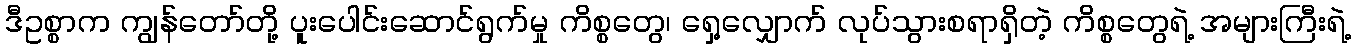
ဒီဥစ္စာက ကျွန်တော်တို့ ပူးပေါင်းဆောင်ရွက်မှု ကိစ္စတွေ၊ ရှေ့လျှောက် လုပ်သွားစရာရှိတဲ့ ကိစ္စတွေရဲ့ အများကြီးရဲ့